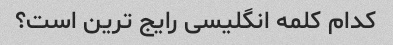
کدام کلمه انگلیسی رایج ترین است؟